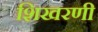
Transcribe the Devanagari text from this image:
शिखरणी